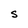
Character: S